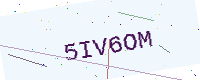
Text: 5IV6OM